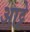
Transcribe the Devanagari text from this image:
आट्टे